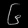
Digit: ၆